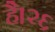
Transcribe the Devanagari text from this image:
है।२६